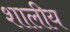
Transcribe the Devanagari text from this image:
शालीय